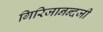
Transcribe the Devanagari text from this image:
गिरिजानन्दजी